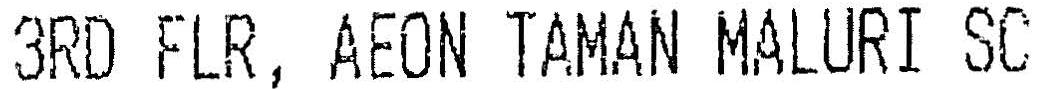
3RD FLR, AEON TAMAN MALURI SC